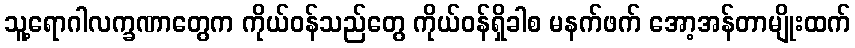
သူ့ရောဂါလက္ခဏာတွေက ကိုယ်ဝန်သည်တွေ ကိုယ်ဝန်ရှိခါစ မနက်ဖက် အော့အန်တာမျိုးထက်